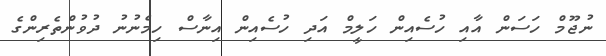
ނުޖޫމް ހަސަން އާއި ހުސެއިން ހަލީމް އަދި ހުސެއިން އިނާސް ހިމެނުނު ދުވުންތެރިންގެ